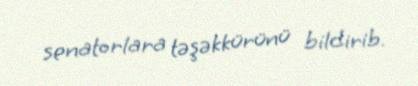
senatorlara təşəkkürünü bildirib.